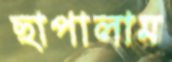
ছাপালাম